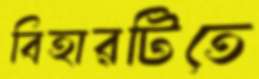
বিহারটিতে